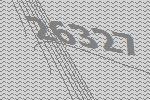
26327